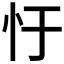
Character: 𢖳